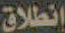
انطلاق